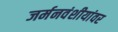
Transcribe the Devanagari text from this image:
जर्मनवंशीयांवर